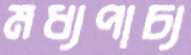
মধ্যপাচ্য